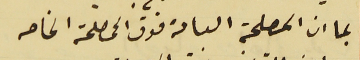
بما ان المصلحة العامة فوق المصلحة الخاصه